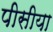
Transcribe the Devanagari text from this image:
पीसीया